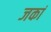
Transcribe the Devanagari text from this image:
जकां